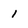
Character: 1